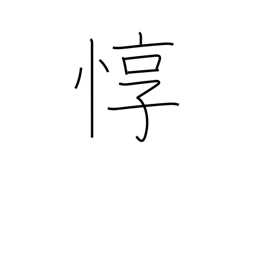
Meaning: considerate